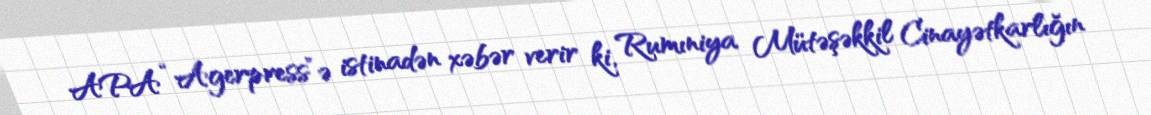
APA “Agerpress”ə istinadən xəbər verir ki, Rumıniya Mütəşəkkil Cinayətkarlığın